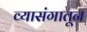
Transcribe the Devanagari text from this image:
व्यासंगातून